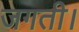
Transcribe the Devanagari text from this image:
जगती।